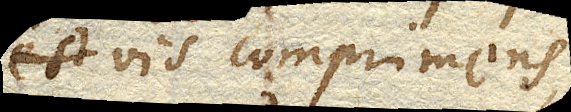
vis comprimens,